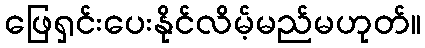
ဖြေရှင်းပေးနိုင်လိမ့်မည်မဟုတ်။